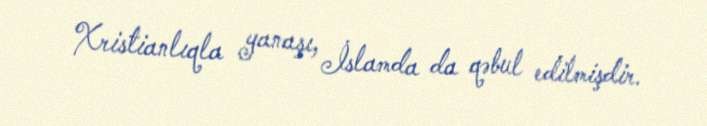
Xristianlıqla yanaşı, İslamda da qəbul edilmişdir.